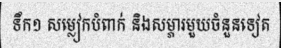
ទឹក១ សម្លៀកបំពាក់ និងសម្ភារមួយចំនួនទៀត